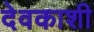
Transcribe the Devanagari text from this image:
देवकाशी